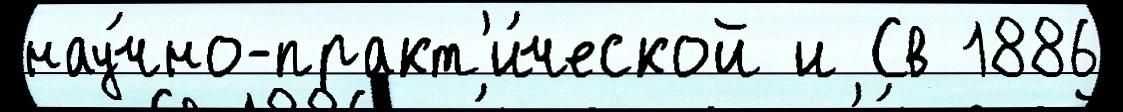
нау́чно-практ'и́ческой и Св 1886